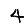
Digit: 4